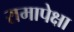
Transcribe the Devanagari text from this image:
रामापेक्षा